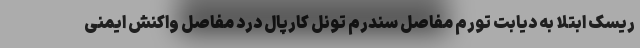
ریسک ابتلا به دیابت تورم مفاصل سندرم تونل کارپال درد مفاصل واکنش ایمنی